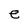
Character: e